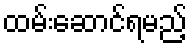
ထမ်းဆောင်ရမည့်